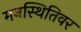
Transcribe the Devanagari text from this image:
मनस्थितिवर